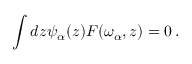
\int d z \psi _ { \alpha } ( z ) F ( \omega _ { \alpha } , z ) = 0 \, .